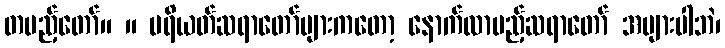
တပည့်တော်။ ။ ပရိယတ်ဆရာတော်များကတော့ နောက်လာမည့်ဆရာတော် အများပါဘဲ၊